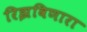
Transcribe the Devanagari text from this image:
रिझविणारा